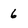
Character: 6